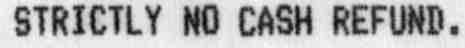
STRICTLY NO CASH REFUND.